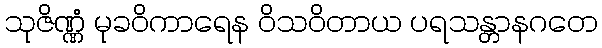
သုဇိဏ္ဏံ မုခဝိကာရေန ဝိသဝိတာယ ပရသန္တာနဂတေ